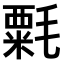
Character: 𣯼